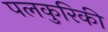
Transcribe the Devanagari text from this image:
पलकुरिकी